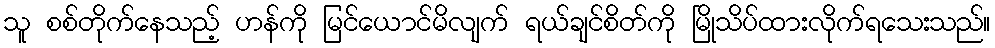
သူ စစ်တိုက်နေသည့် ဟန်ကို မြင်ယောင်မိလျက် ရယ်ချင်စိတ်ကို မြိုသိပ်ထားလိုက်ရသေးသည်။